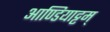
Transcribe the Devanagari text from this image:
आण्डियाट्टम्